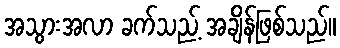
အသွားအလာ ခက်သည့် အချိန်ဖြစ်သည်။